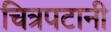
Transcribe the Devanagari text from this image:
चित्रपटानी